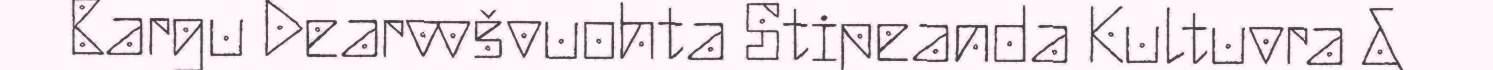
Bargu Dearvvšvuohta Stipeanda Kultuvra &